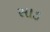
સાડ